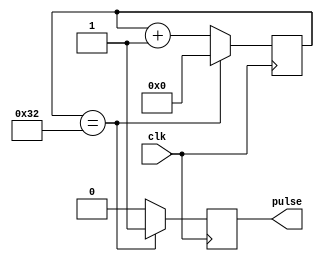
module pulse_generator (
    input wire clk,     // Clock signal input
    output reg pulse    // Generated pulse output
);

reg [7:0] counter;
reg [7:0] compare_value = 8'h32;  // Predetermined pulse width or frequency value

always @(posedge clk) begin
    if (counter == compare_value) begin
        pulse <= 1'b1;
        counter <= 0;
    end else begin
        pulse <= 1'b0;
        counter <= counter + 1;
    end
end

endmodule